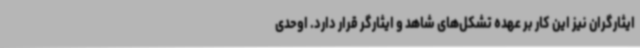
ایثارگران نیز این کار بر عهده تشکل‌های شاهد و ایثارگر قرار دارد. اوحدی